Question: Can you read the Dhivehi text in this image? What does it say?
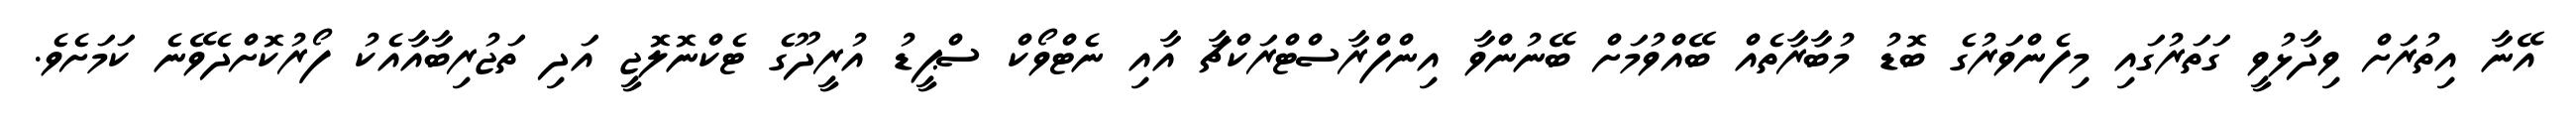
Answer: އޭނާ އިތުރަށް ވިދާޅުވީ ގަތަރުގައި މިފެންވަރުގެ ބޮޑު މުބާރާތެއް ބޭއްވުމަށް ބޭނުންވާ އިންފްރާސްޓްރަކްޗާ އާއި ނެޓްވޯކް ސްޕީޑު އުރީދޫގެ ޓެކްނޮލޮޖީ އަދި ތަޖުރިބާއާއެކު ފޯރުކޮށްދެވޭނެ ކަމަށެވެ.